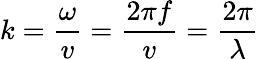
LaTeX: k={\frac{\omega}{v}}={\frac{2\pi f}{v}}={\frac{2\pi}{\lambda}}